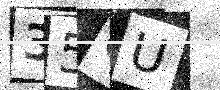
Text: 35QU